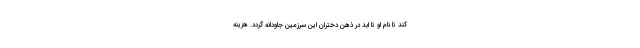
کند تا نام او تا ابد در ذهن دختران این سرزمین جاودانه گردد. هزینه